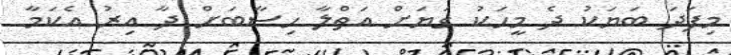
މިފަދަ ބަޔަކު ދެ މީހަކު ގަޔަށް އަތްލާ ހިސާބަށް ދާ އިރު އެކަމާ